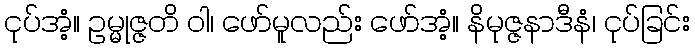
ငုပ်အံ့။ ဥမ္မုဇ္ဇတိ ဝါ၊ ဖော်မူလည်း ဖော်အံ့။ နိမုဇ္ဇနာဒီနံ၊ ငုပ်ခြင်း